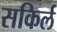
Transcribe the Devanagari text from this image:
सकिर्ल